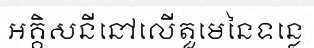
អគ្គិសនីនៅលើតួមេនៃទន្លេ